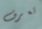
تعرف